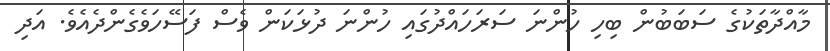
މާއްދާތަކުގެ ސަބަބުން ބިހި ހުންނަ ސަރަހައްދުގައި ހުންނަ ދުޅަކަން ވެސް ފަސޭހަވެގެންދެއެވެ. އަދި